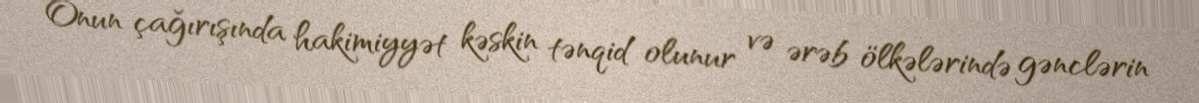
Onun çağırışında hakimiyyət kəskin tənqid olunur və ərəb ölkələrində gənclərin